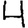
Digit: 4